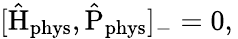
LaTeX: [\hat{\mathrm{H}}_{\mathrm{phys}},\hat{\mathrm{P}}_{\mathrm{phys}}]_{-}=0,\,